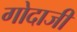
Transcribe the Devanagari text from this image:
गोदाजी